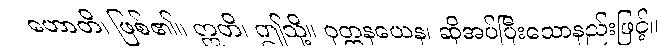
ဟောတိ၊ ဖြစ်၏။ ဣတိ၊ ဤသို့။ ဝုတ္တနယေန၊ ဆိုအပ်ပြီးသောနည်းဖြင့်။